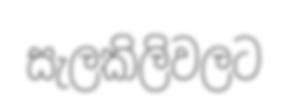
සැලකිලිවලට